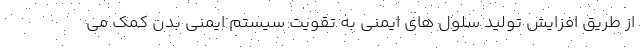
از طریق افزایش تولید سلول های ایمنی به تقویت سیستم ایمنی بدن کمک می